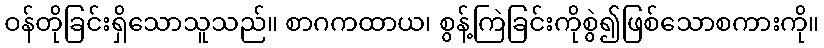
ဝန်တိုခြင်းရှိသောသူသည်။ စာဂကထာယ၊ စွန့်ကြဲခြင်းကိုစွဲ၍ဖြစ်သောစကားကို။